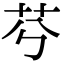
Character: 𦬉